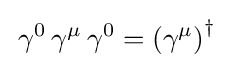
\,\gamma ^{0}\,\gamma ^{\mu }\,\gamma ^{0}=\left(\gamma ^{\mu }\right)^{\dagger }